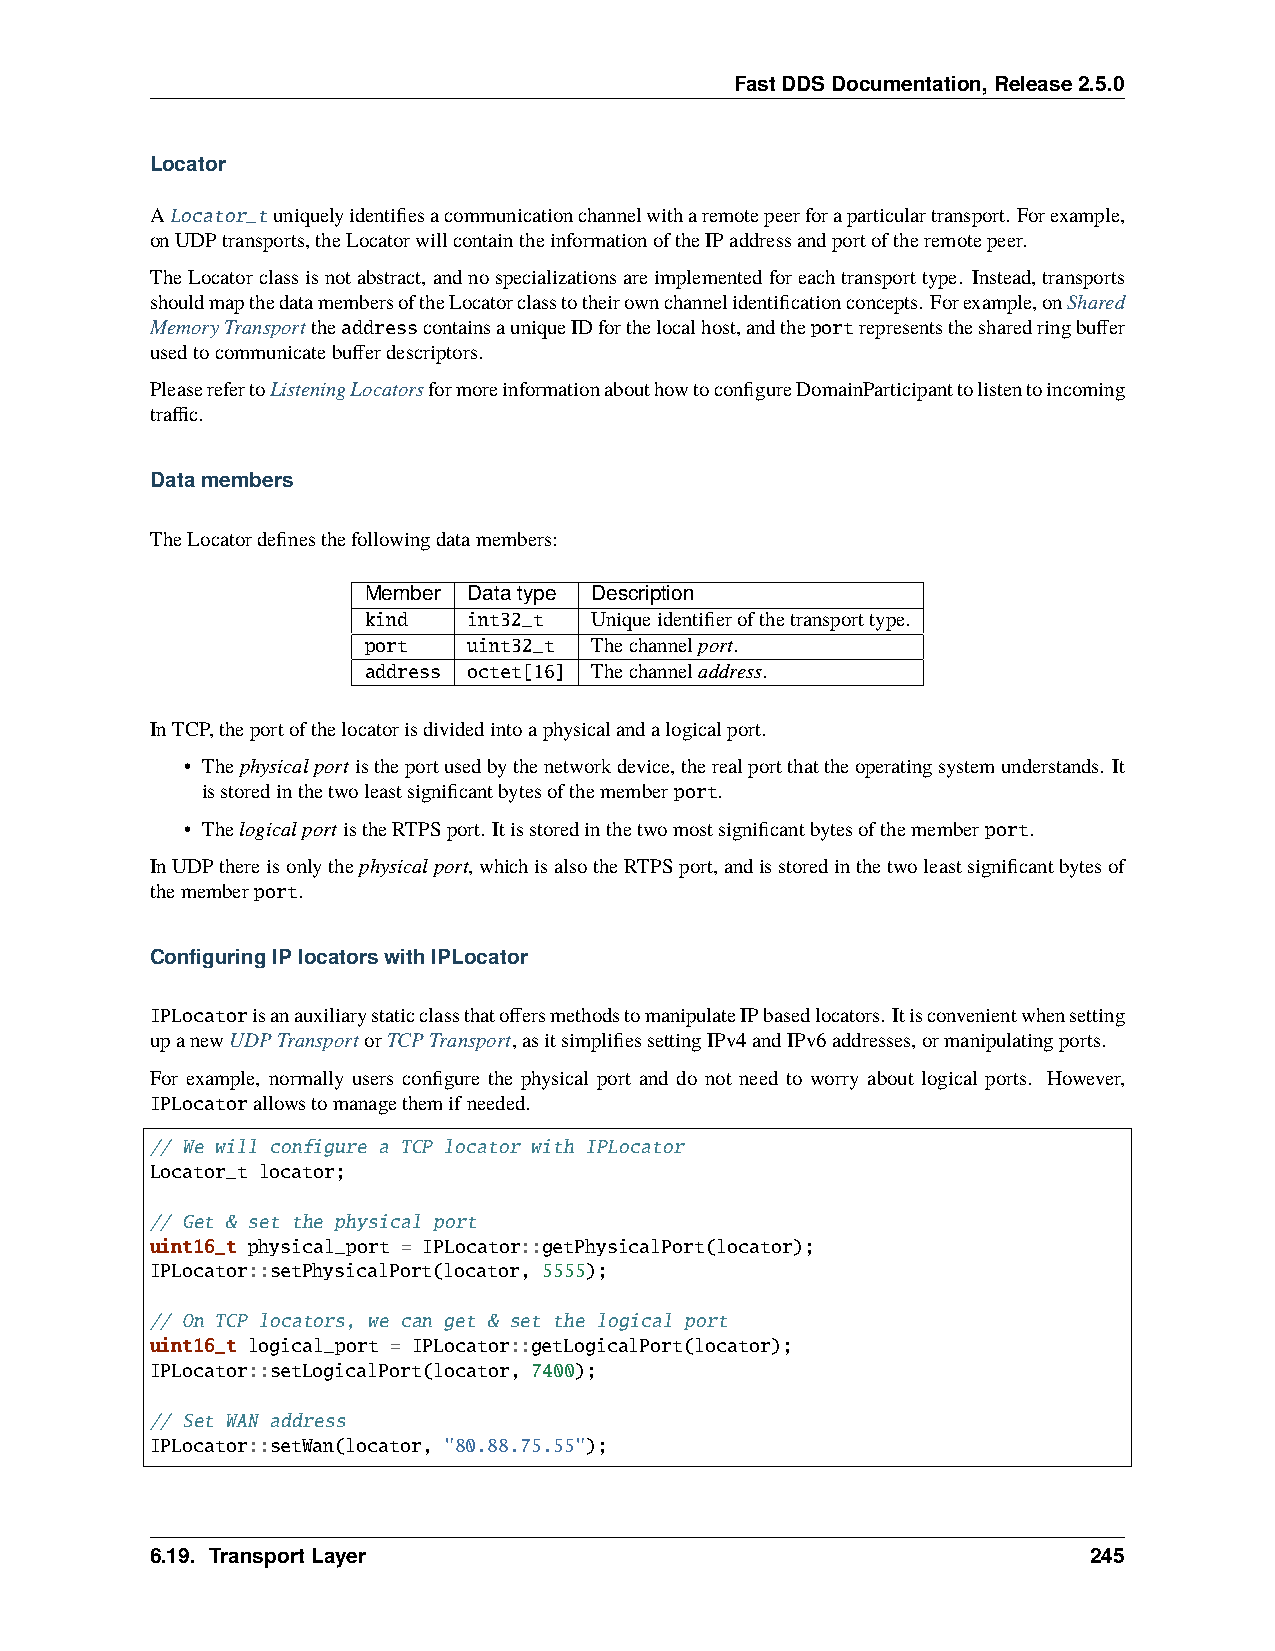
FastDDSDocumentation,Release2.5.0
 Locator
 ALocator_tuniquelyidentifiesacommunicationchannelwitharemotepeerforaparticulartransport. Forexample,
 onUDPtransports,theLocatorwillcontaintheinformationoftheIPaddressandportoftheremotepeer.
 TheLocatorclassisnotabstract,andnospecializationsareimplementedforeachtransporttype. Instead,transports
 shouldmapthedatamembersoftheLocatorclasstotheirownchannelidentificationconcepts. Forexample,onShared
 MemoryTransporttheaddresscontainsauniqueIDforthelocalhost,andtheportrepresentsthesharedringbuffer
 usedtocommunicatebufferdescriptors.
 PleaserefertoListeningLocatorsformoreinformationabouthowtoconfigureDomainParticipanttolistentoincoming
 traffic.
 Datamembers
 TheLocatordefinesthefollowingdatamembers:
 Member Datatype Description
 kind   int32_t Uniqueidentifierofthetransporttype.
 port   uint32_t Thechannelport.
 address octet[16] Thechanneladdress.
 InTCP,theportofthelocatorisdividedintoaphysicalandalogicalport.
 • Thephysicalport istheportusedbythenetworkdevice,therealportthattheoperatingsystemunderstands. It
 isstoredinthetwoleastsignificantbytesofthememberport.
 • ThelogicalportistheRTPSport. Itisstoredinthetwomostsignificantbytesofthememberport.
 InUDPthereisonlythephysicalport,whichisalsotheRTPSport,andisstoredinthetwoleastsignificantbytesof
 thememberport.
 ConfiguringIPlocatorswithIPLocator
 IPLocatorisanauxiliarystaticclassthatoffersmethodstomanipulateIPbasedlocators. Itisconvenientwhensetting
 upanewUDPTransportorTCPTransport,asitsimplifiessettingIPv4andIPv6addresses,ormanipulatingports.
 For example, normally users configure the physical port and do not need to worry about logical ports. However,
 IPLocatorallowstomanagethemifneeded.
 // We will configure a TCP locator with IPLocator
 Locator_t locator;
 // Get & set the physical port
 uint16_t physical_port = IPLocator::getPhysicalPort(locator);
 IPLocator::setPhysicalPort(locator, 5555);
 // On TCP locators, we can get & set the logical port
 uint16_t logical_port = IPLocator::getLogicalPort(locator);
 IPLocator::setLogicalPort(locator, 7400);
 // Set WAN address
 IPLocator::setWan(locator, "80.88.75.55");
 6.19. TransportLayer                                          245